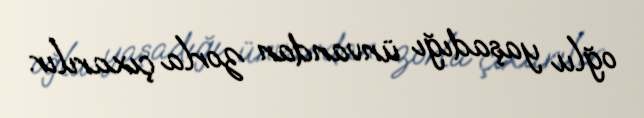
oğlu yaşadığı ünvandan zorla çıxarılır.